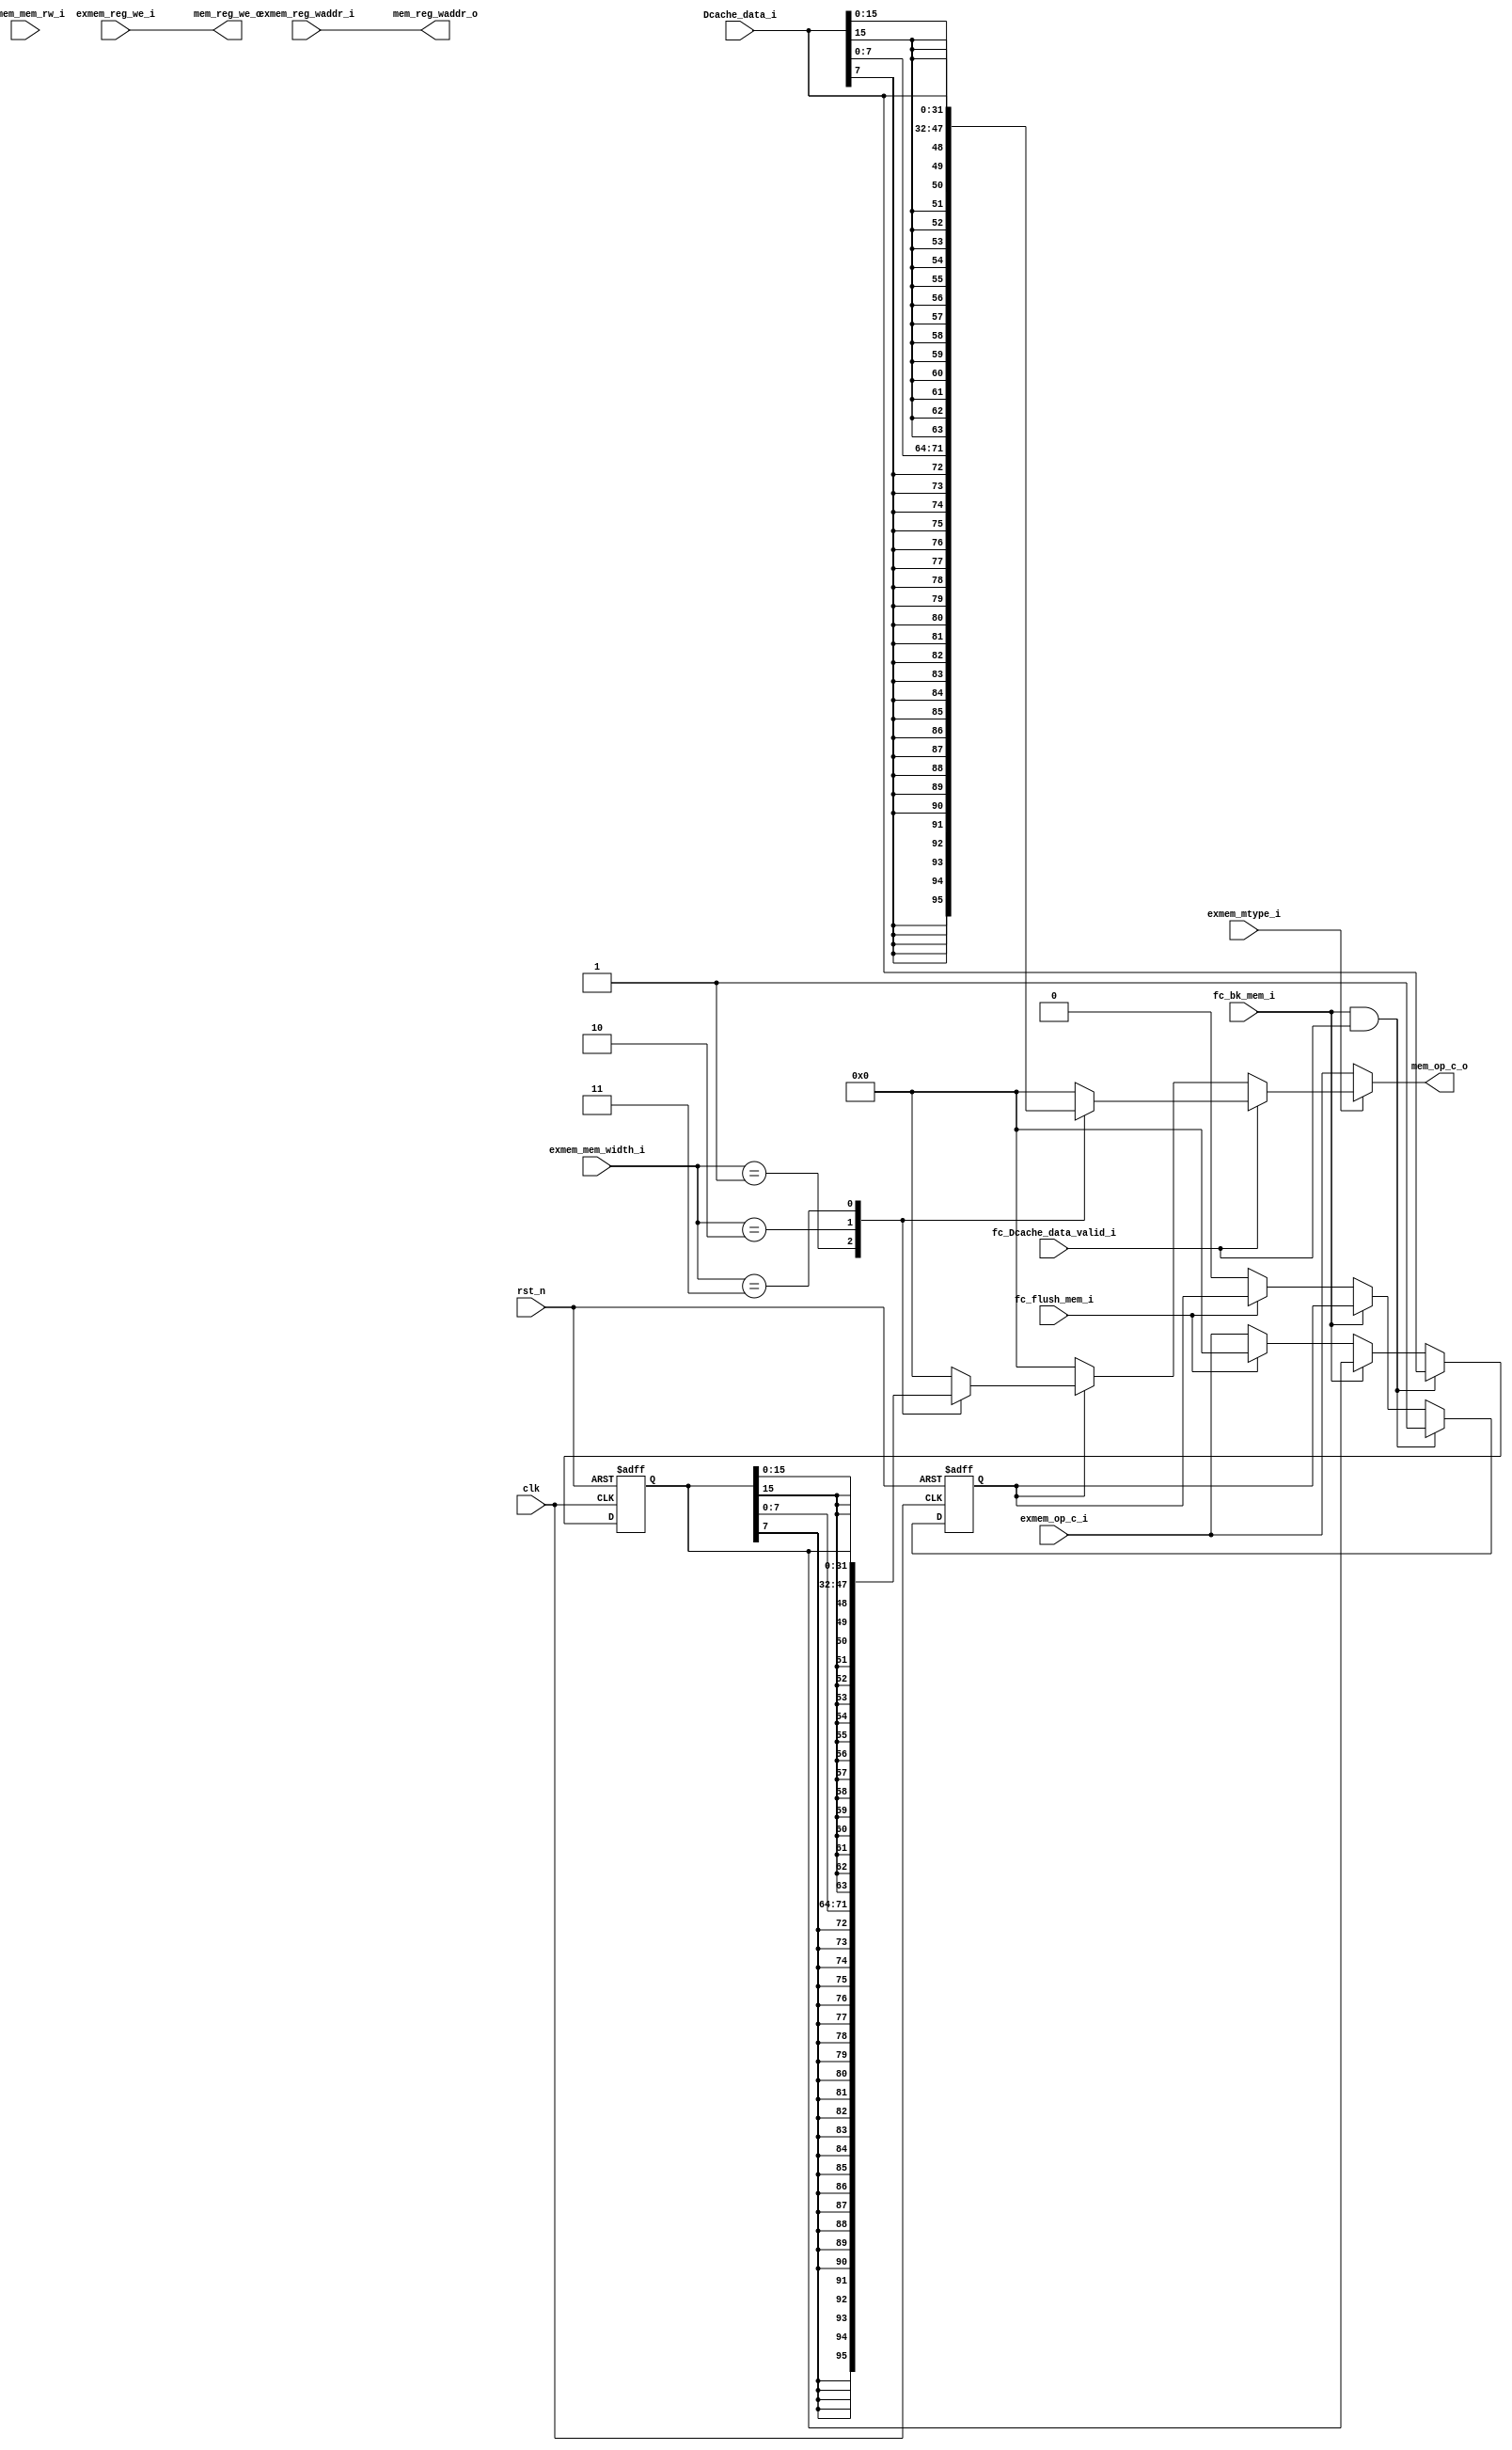
module MEM (
    input   wire                    clk,
    input   wire                    rst_n,
    //from ex_mem_reg
    input   wire            [31:0]  exmem_op_c_i,
    input   wire            [4:0]   exmem_reg_waddr_i,
    input   wire                    exmem_reg_we_i,

    input   wire                    exmem_mtype_i,          
    input   wire                    exmem_mem_rw_i,        
    input   wire            [1:0]   exmem_mem_width_i,  

    //to mem_wb_reg
    output  reg             [31:0]  mem_op_c_o,
    output  wire            [4:0]   mem_reg_waddr_o,
    output  wire                    mem_reg_we_o,
    //from Dcache
    input   wire            [31:0]  Dcache_data_i,

    //from fc
    input   wire                    fc_Dcache_data_valid_i,

    input   wire                    fc_bk_mem_i,
    input   wire                    fc_flush_mem_i
    

);

  
    assign mem_reg_waddr_o = exmem_reg_waddr_i;
    assign mem_reg_we_o = exmem_reg_we_i;



    //------------for stall
    reg [31:0]  Data_Buffer;
    reg         Dcache_in_Buffer;

    always@(posedge clk or negedge rst_n)begin
        if(rst_n == 1'b0)begin
            Data_Buffer <= 32'h0;
            Dcache_in_Buffer <= 1'b0;
        end

        //Icache stall and Dcache need give out data
        else if(fc_bk_mem_i == 1'b1 && fc_Dcache_data_valid_i == 1'b1)begin
            Data_Buffer <= Dcache_data_i;
            Dcache_in_Buffer <= 1'b1;
        end
        else if(fc_bk_mem_i == 1'b1) begin
            Data_Buffer <= Data_Buffer;   //keep
        end
        else if(fc_flush_mem_i == 1'b1)begin
            Data_Buffer <= 32'h0;
        end
        else begin
            Data_Buffer <= exmem_op_c_i;
            
            if(Dcache_in_Buffer == 1'b1)
                Dcache_in_Buffer <= 1'b0;
        end
    end


    //-----------
    always@(*)begin
        if(exmem_mtype_i == 1'b1)begin
            if(fc_Dcache_data_valid_i == 1'b1)begin
                case(exmem_mem_width_i)
                    2'b01: mem_op_c_o = { {24{Dcache_data_i[7]}}, Dcache_data_i[7:0] };
                    2'b10: mem_op_c_o = { {16{Dcache_data_i[15]}}, Dcache_data_i[15:0] };
                    2'b11: mem_op_c_o = Dcache_data_i;
                    default: mem_op_c_o = 32'h0;
                endcase
            end
            else begin
                if(Dcache_in_Buffer == 1'b1) begin
                    case(exmem_mem_width_i)
                        2'b01: mem_op_c_o = { {24{Data_Buffer[7]}}, Data_Buffer[7:0] };
                        2'b10: mem_op_c_o = { {16{Data_Buffer[15]}}, Data_Buffer[15:0] };
                        2'b11: mem_op_c_o = Data_Buffer;
                    default: mem_op_c_o = 32'h0;
                endcase
                
                end
                else
                    mem_op_c_o = 32'h0;
            end
        end

        else
            mem_op_c_o = exmem_op_c_i;
    end








endmodule